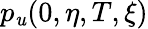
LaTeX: p_{\mathit{u}}(0,\eta,T,\xi)